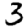
Digit: 3